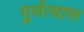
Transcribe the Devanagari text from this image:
पुर्णत्‍वास